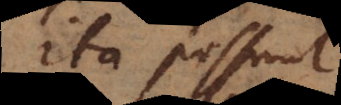
ita possunt